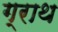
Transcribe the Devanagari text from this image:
ग्राथ